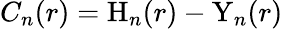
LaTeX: C_{n}(r)=\mathrm{H}_{n}(r)-\mathrm{Y}_{n}(r)